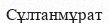
Сұлтанмұрат